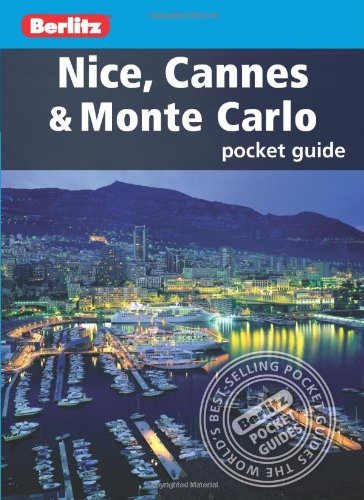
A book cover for Berlitz: Nice, Cannes & Monte Carlo Pocket Guide (Berlitz Pocket Guides); Travel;